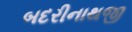
બદરીનાથજી